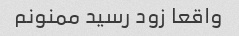
واقعا زود رسید ممنونم